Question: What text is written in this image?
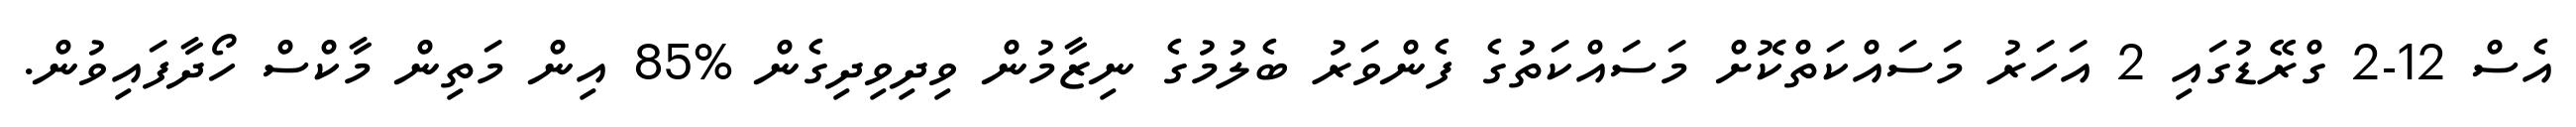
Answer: އެސް 12-2 ގްރޭޑުގައި 2 އަހަރު މަސައްކަތްކޮށް މަސައްކަތުގެ ފެންވަރު ބެލުމުގެ ނިޒާމުން ވިދިވިދިގެން %85 އިން މަތިން މާކްސް ހޯދާފައިވުން.